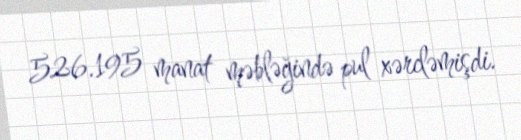
526.195 manat məbləğində pul xərcləmişdi.